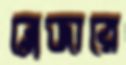
ব্লেজারে